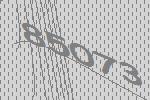
85073